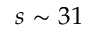
s \sim 3 1